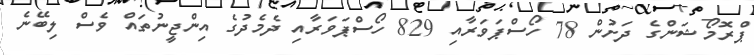
ޕްރޮމޯޝަންގެ ދަށުން 78 ހޯސްޕަވަރާއި 829 ހޯސްޕަވަރާއި ދެމެދުގެ އިންޖީނުތައް ވެސް ލިބޭނެ